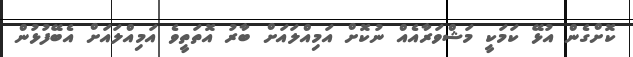
ކޮށްގެން އުޅޭ ކަމަކީ މަޝްވަރާއެއް ނުކޮށް އަމިއްލައަށް ބާރު އޮތަތީވެ އަމިއްލައަށް އެބޭފުޅުން